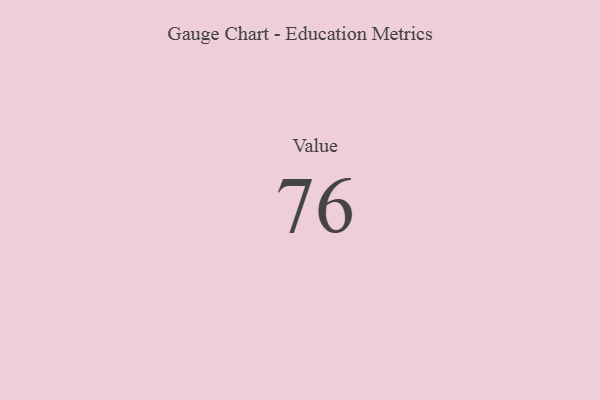
{"axis": {"x": "Metric", "y": "Value"}, "legend": [""], "data": [{"x": "Value", "y": 76, "type": ""}]}